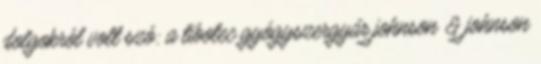
dolgokról volt szó: a tibotec gyógyszergyár johnson & johnson